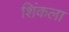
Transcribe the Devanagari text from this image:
शिंकला